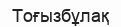
Тоғызбұлақ